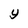
Character: y